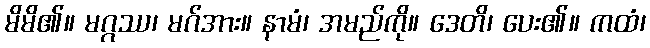
မိမိ၏။ မဂ္ဂဿ၊ မဂ်အား။ နာမံ၊ အမည်ကို။ ဒေတိ၊ ပေး၏။ ကထံ၊